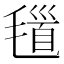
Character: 𣯐